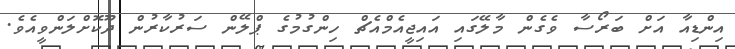
އިންޑިއާ އަށް ބަރޯސާ ވެގެން މާލޭގައި އައިޖީއެމްއެޗް ހިންގުމުގެ ޕްލޭން ސަރުކާރުން ދޫކޮށްލަންވީއެވެ.